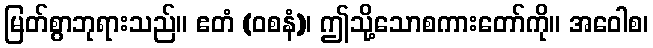
မြတ်စွာဘုရားသည်။ ဧတံ (ဝစနံ)၊ ဤသို့သောစကားတော်ကို။ အဝေါစ၊